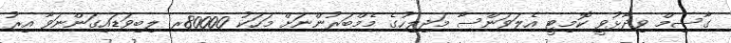
ގާސިމް ވިދާޅުވީ ކޮމިޓީ އެލަވަންސާ މަޖިލިހުގެ މެމްބަރުންނަށް މަހަކު 80000ރ ލިބިވަޑައިގަންނަވާ އިރު